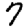
Digit: 7